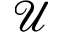
\mathcal { U }